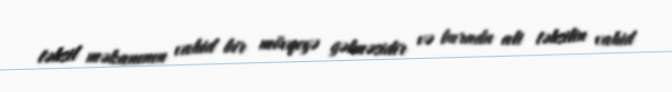
təhsil məkanının vahid bir mövqeyə gəlməsidir və burada ali təhsilin vahid